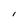
Character: l